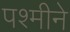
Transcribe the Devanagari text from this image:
पश्मीने